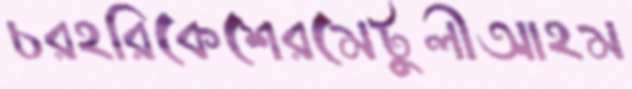
চরহরিকেশেরমেটুলীআহম